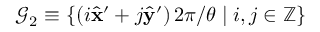
\mathcal { G } _ { 2 } \equiv \left\{ \left( i \hat { \mathbf { x } } ^ { \prime } + j \hat { \mathbf { y } } ^ { \prime } \right) 2 \pi / \theta \mid i , j \in \mathbb { Z } \right\}